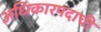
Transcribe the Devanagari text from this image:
अधिकारपदाची